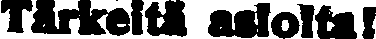
Tärkeitä asioita!